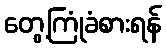
တွေ့ကြုံခံစားရန်